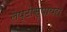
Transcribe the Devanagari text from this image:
लेप्टोस्पायरा